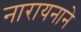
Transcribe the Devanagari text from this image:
नारायनाने